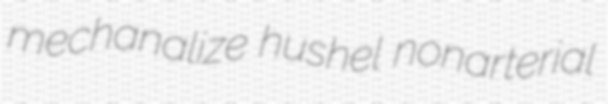
mechanalize hushel nonarterial